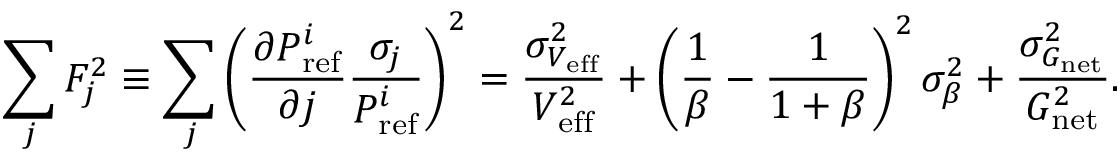
\sum _ { j } F _ { j } ^ { 2 } \equiv \sum _ { j } \left( \frac { \partial P _ { \mathrm { r e f } } ^ { i } } { \partial j } \frac { \sigma _ { j } } { P _ { \mathrm { r e f } } ^ { i } } \right) ^ { 2 } = \frac { \sigma _ { V _ { \mathrm { e f f } } } ^ { 2 } } { V _ { \mathrm { e f f } } ^ { 2 } } + \left( \frac { 1 } { \beta } - \frac { 1 } { 1 + \beta } \right) ^ { 2 } \sigma _ { \beta } ^ { 2 } + \frac { \sigma _ { G _ { \mathrm { n e t } } } ^ { 2 } } { G _ { \mathrm { n e t } } ^ { 2 } } .